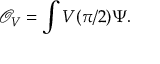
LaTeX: \mathcal { O } _ { V } = \int V ( \pi / 2 ) \Psi .